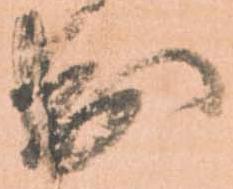
出